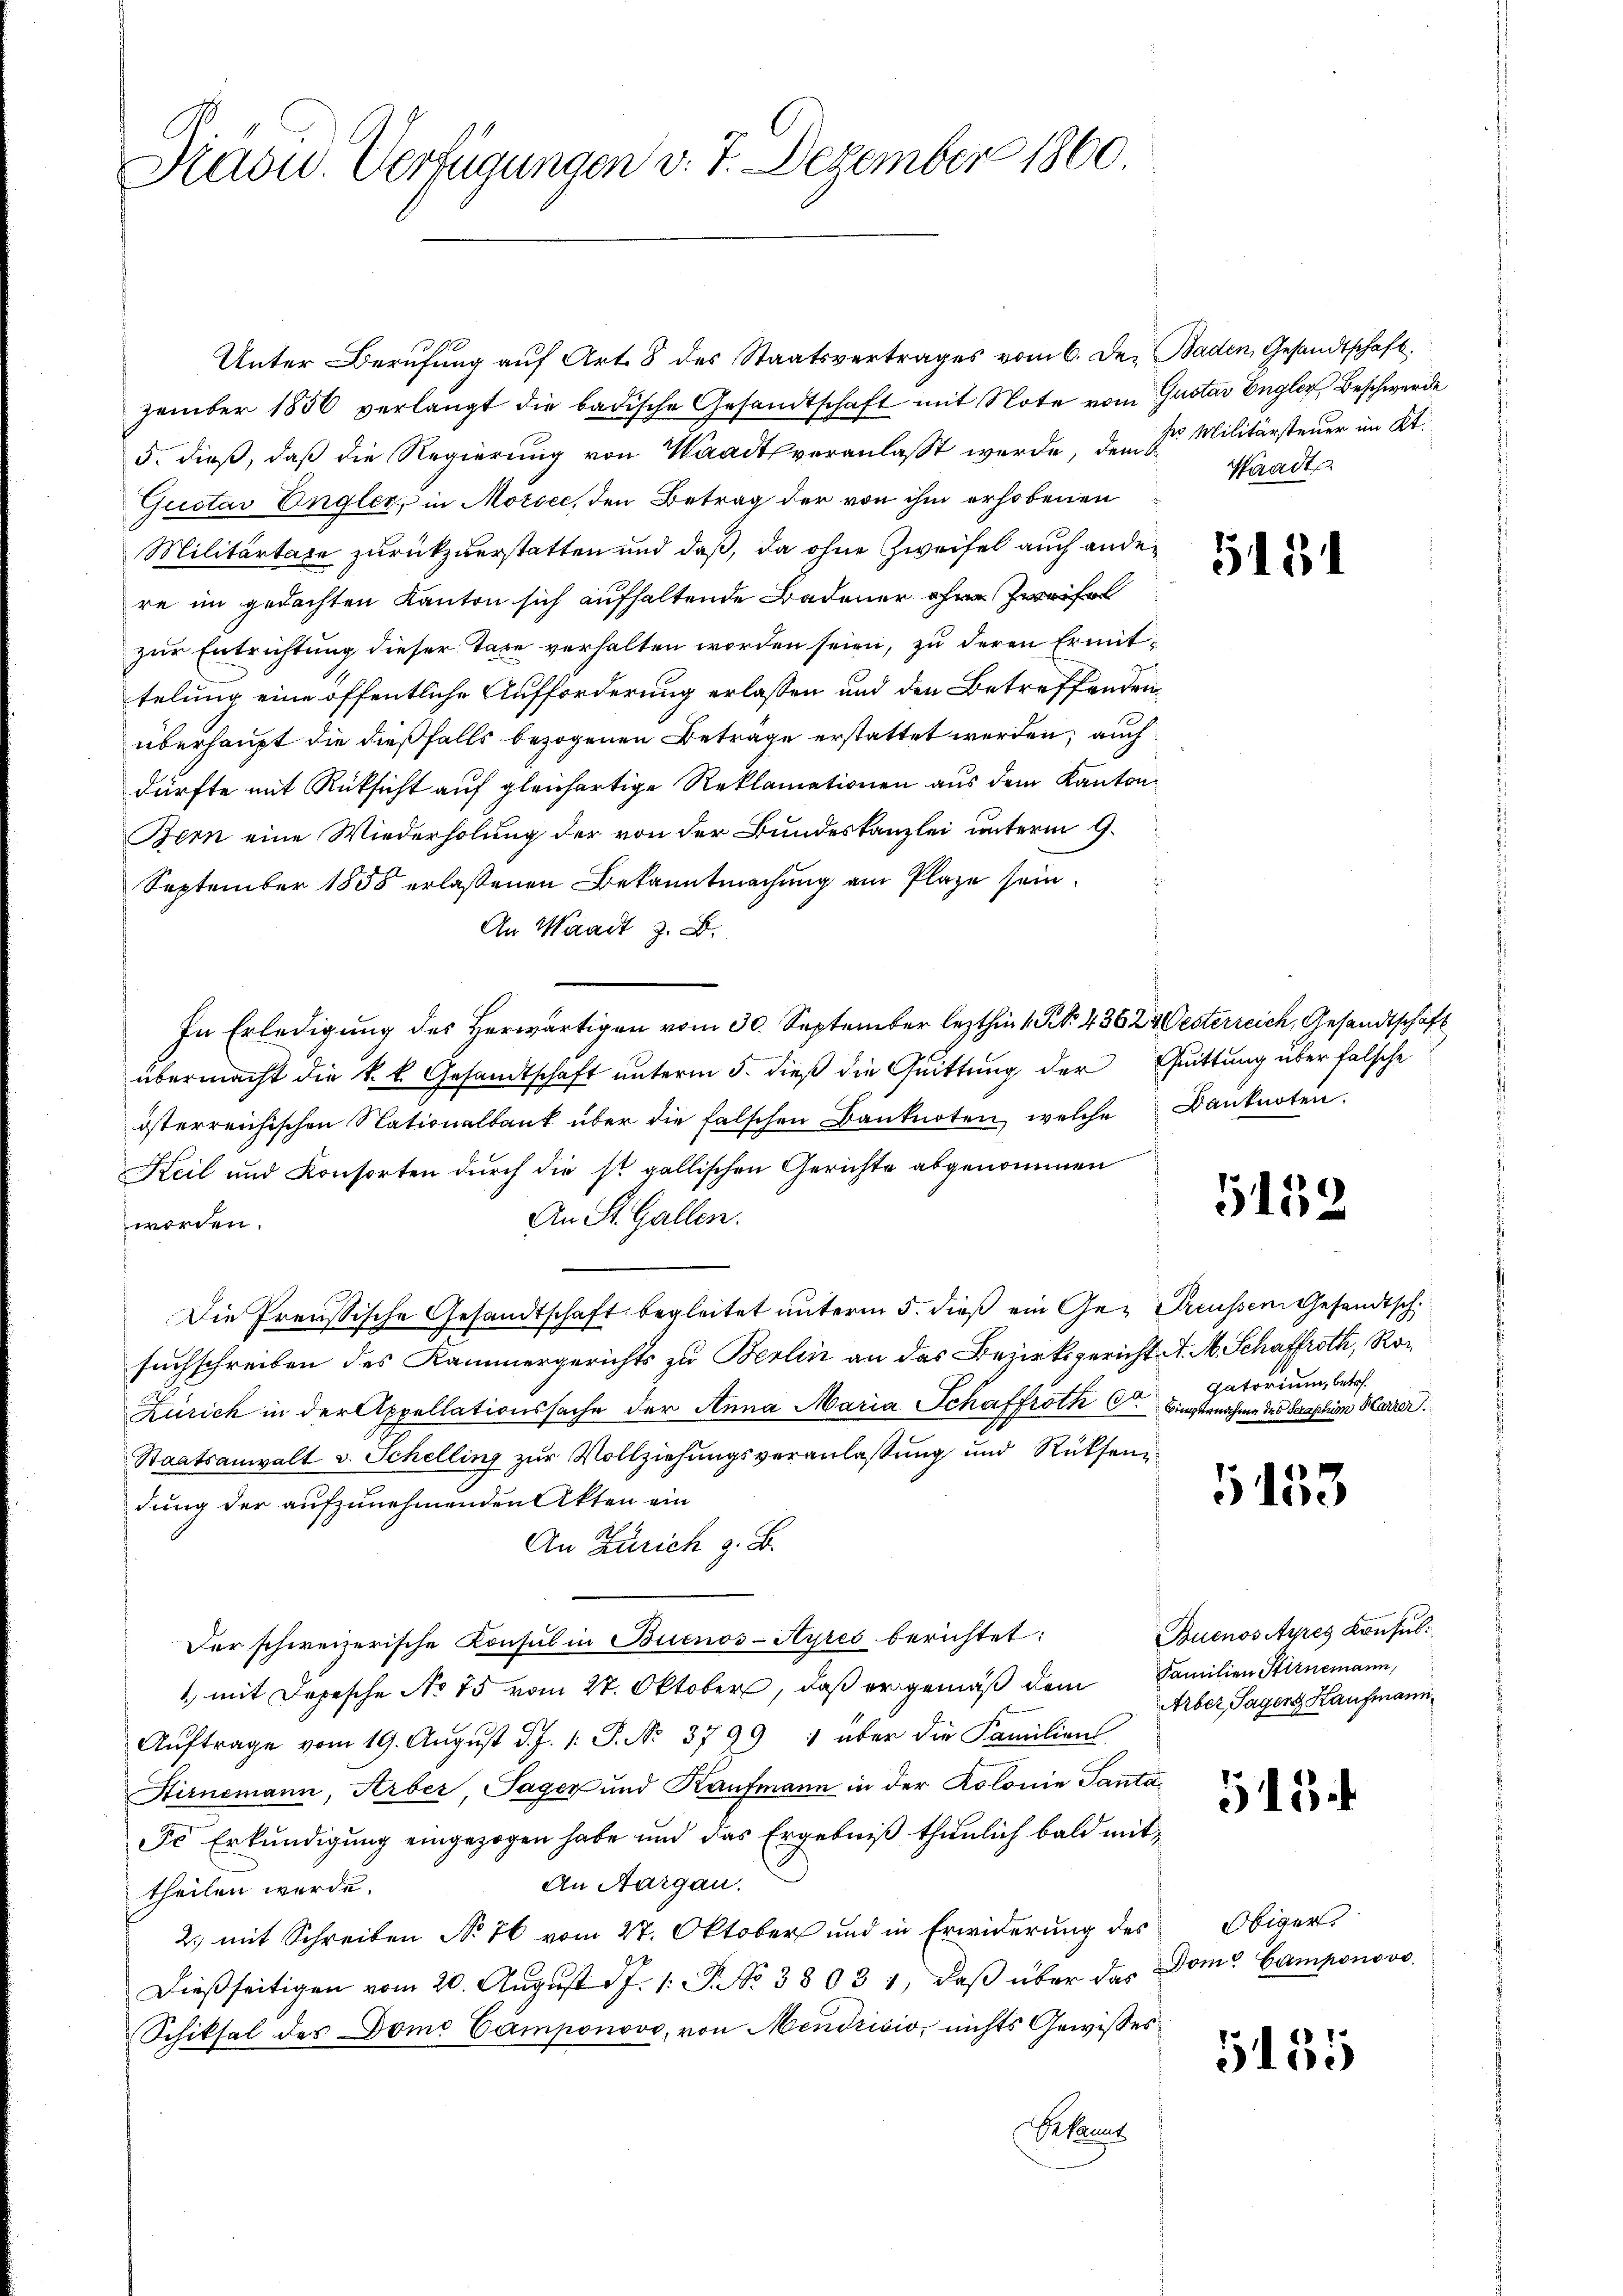
Madw. Verfügungen v. 7. Dezember 1860.

Unter Berufung auf Art. 8 des Staatsvertrages vom 6. Dez Baden, Gesandtschaft.
zember 1856 verlangt die badische Gesandtschaft mit Note vom Gustav Engler Beschwerde
5. dieß, daß die Regierung von Waadt veranlaßt werde, dem Dr. Militärsteuer im Kt.
Gustav Engler, in Morice, den Betrag der von ihm erhobenen
Militärtate zurückzuerstatten und daß, da ohne Zweifel auch ander
re im gedachten Kanton sich aufhaltende Badener ohne Zweifel
zur Entrichtung dieser Taxe verhalten worden seien, zu deren Ermittelung eine öffentliche Aufforderung erlassen und den Betreffenden
überhaupt die dießfalls bezogenen Betrage erstattet werden; auch
dürfte mit Rüksicht auf gleichartige Reklamationen aus dem Kanton
Bern eine Wiederholung der von der Bundeskanzlei unterm 9.
September 1858 erlassenen Bekanntmachung am Plaze sein.
An Waadt z. B.
In Erledigung des Herwärtigen vom 30. September lezthin 1 S. 4362 Oesterreich, Gesandtschaft
übermacht die k.k. Gesandtschaft unterm 5. dieß die Quittung der Quittung über falsche
österreichischen Nationalbank über die falschen Banknoten, welche Danknoten.
Keil und Konsorten durch die ist gallischen Gerichte abgenommen
An St. Gallen.
worden.
Die Preussische Gesandtschaft begleitet unterm 5. dieß ein Ge- Preusser Gesandtsch
suchschreiben des Kammergerichts zu Berlin an das Bezirksgericht A. M. Schaffroth, Ro¬
Zürich in der Appellationssache der Anna Maria Schaffroth C. Bingernahme des Saaschim Harrer.
Staatsanwalt v. Schelling zur Vollziehungsveranlassung und Rücksen
dung der aufzunehmenden Akten ein
An Zürich z. B.
Der schweizerische Konsul in Buenos-Ayres berichtet:
1 mit Depesche No 15 vom 27. Oktober, daß er gemäß dem Familien Stirnemann,
Aŭftrage vom 19. Aŭgŭst d. J. 1. P. No. 3799 1 aber die Familien-
Airnemann, Arber, Sager und Kaufmann in der Kolonie Santa
Fr Erkundigung eingezogen habe und das Ergebniß thunlich bald mit¬
An Aargau
theilen werde.
2.) mit Schreiben No 76 vom 27. Oktober und in Erwiderung des
Dießseitigen vom 20. Aŭgŭst 17. 1. P. No 38031, daβ über das Dom. Camponovo
Schiksal des Domo Camponove, von Mendrisis, nichts Gewisses
Bekannt

Waadt.

5154

5159

gatorium, betr.

1153

Buenos Ayres Konfus:
Arber Tagen Kaufmann

5154

Obiger.

5455